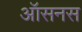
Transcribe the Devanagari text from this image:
ऑसनस